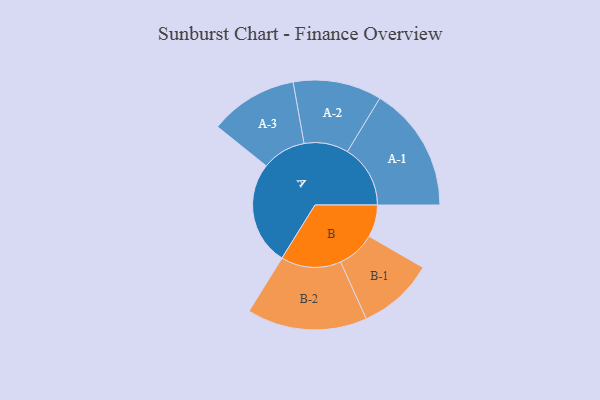
{"axis": {"x": "Segment", "y": "Value"}, "legend": ["", "A", "B"], "data": [{"x": "A", "y": 445, "type": ""}, {"x": "B", "y": 138, "type": ""}, {"x": "A-1", "y": 270, "type": "A"}, {"x": "A-2", "y": 190, "type": "A"}, {"x": "A-3", "y": 189, "type": "A"}, {"x": "B-1", "y": 164, "type": "B"}, {"x": "B-2", "y": 258, "type": "B"}]}